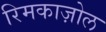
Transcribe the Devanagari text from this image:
रिमकाज़ोल